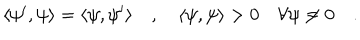
\langle \psi ^ { \prime } , \psi \rangle = \langle \psi , \psi ^ { \prime } \rangle \quad , \quad \langle \psi , \psi \rangle > 0 \quad \forall \psi \neq 0 \quad .